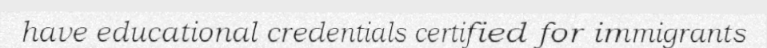
have educational credentials certified for immigrants